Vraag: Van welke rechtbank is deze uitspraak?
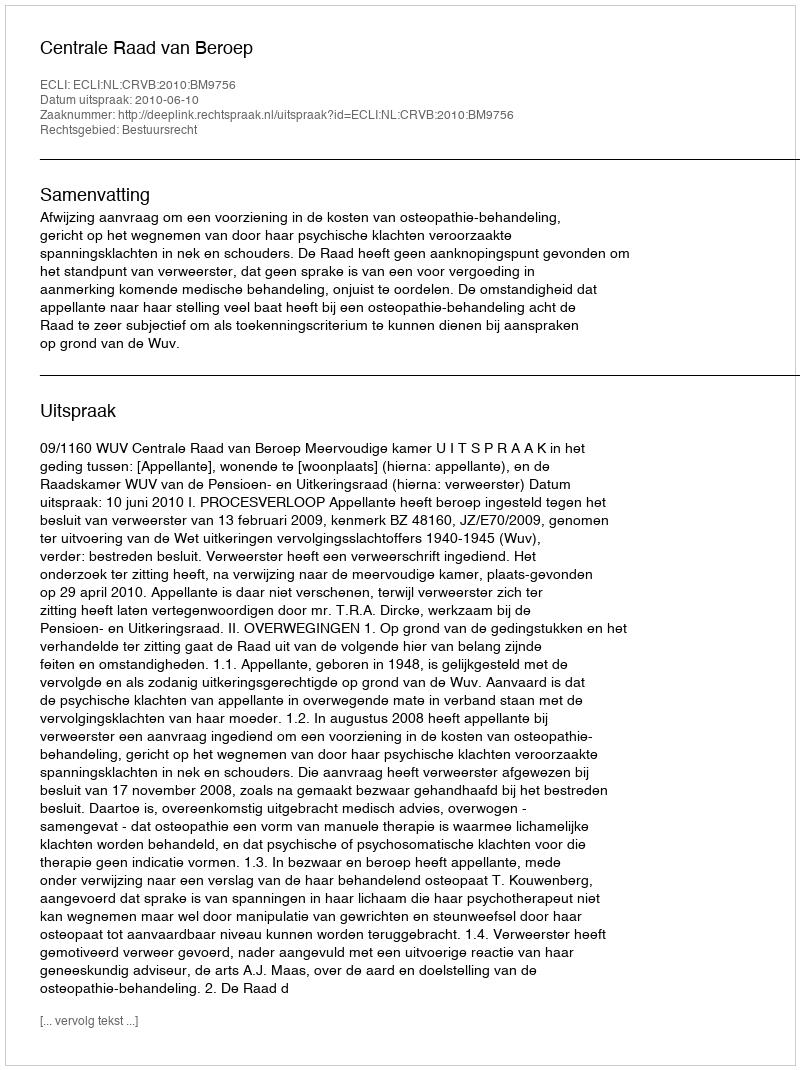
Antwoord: Centrale Raad van Beroep